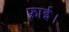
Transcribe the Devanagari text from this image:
फ्राई।